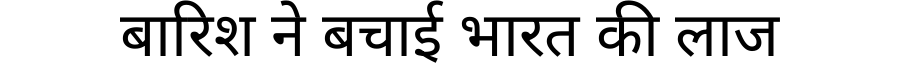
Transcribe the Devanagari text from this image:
बारिश ने बचाई भारत की लाज